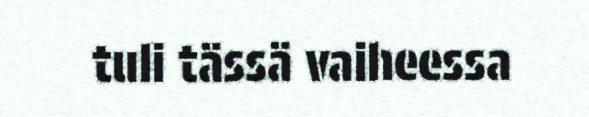
tuli tässä vaiheessa